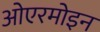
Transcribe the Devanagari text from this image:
ओएरमोइन